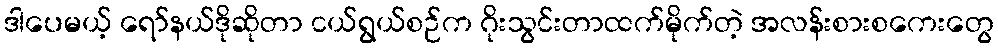
ဒါပေမယ့် ရော်နယ်ဒိုဆိုတာ ငယ်ရွယ်စဉ်က ဂိုးသွင်းတာထက်မိုက်တဲ့ အလန်းစားစကေးတွေ